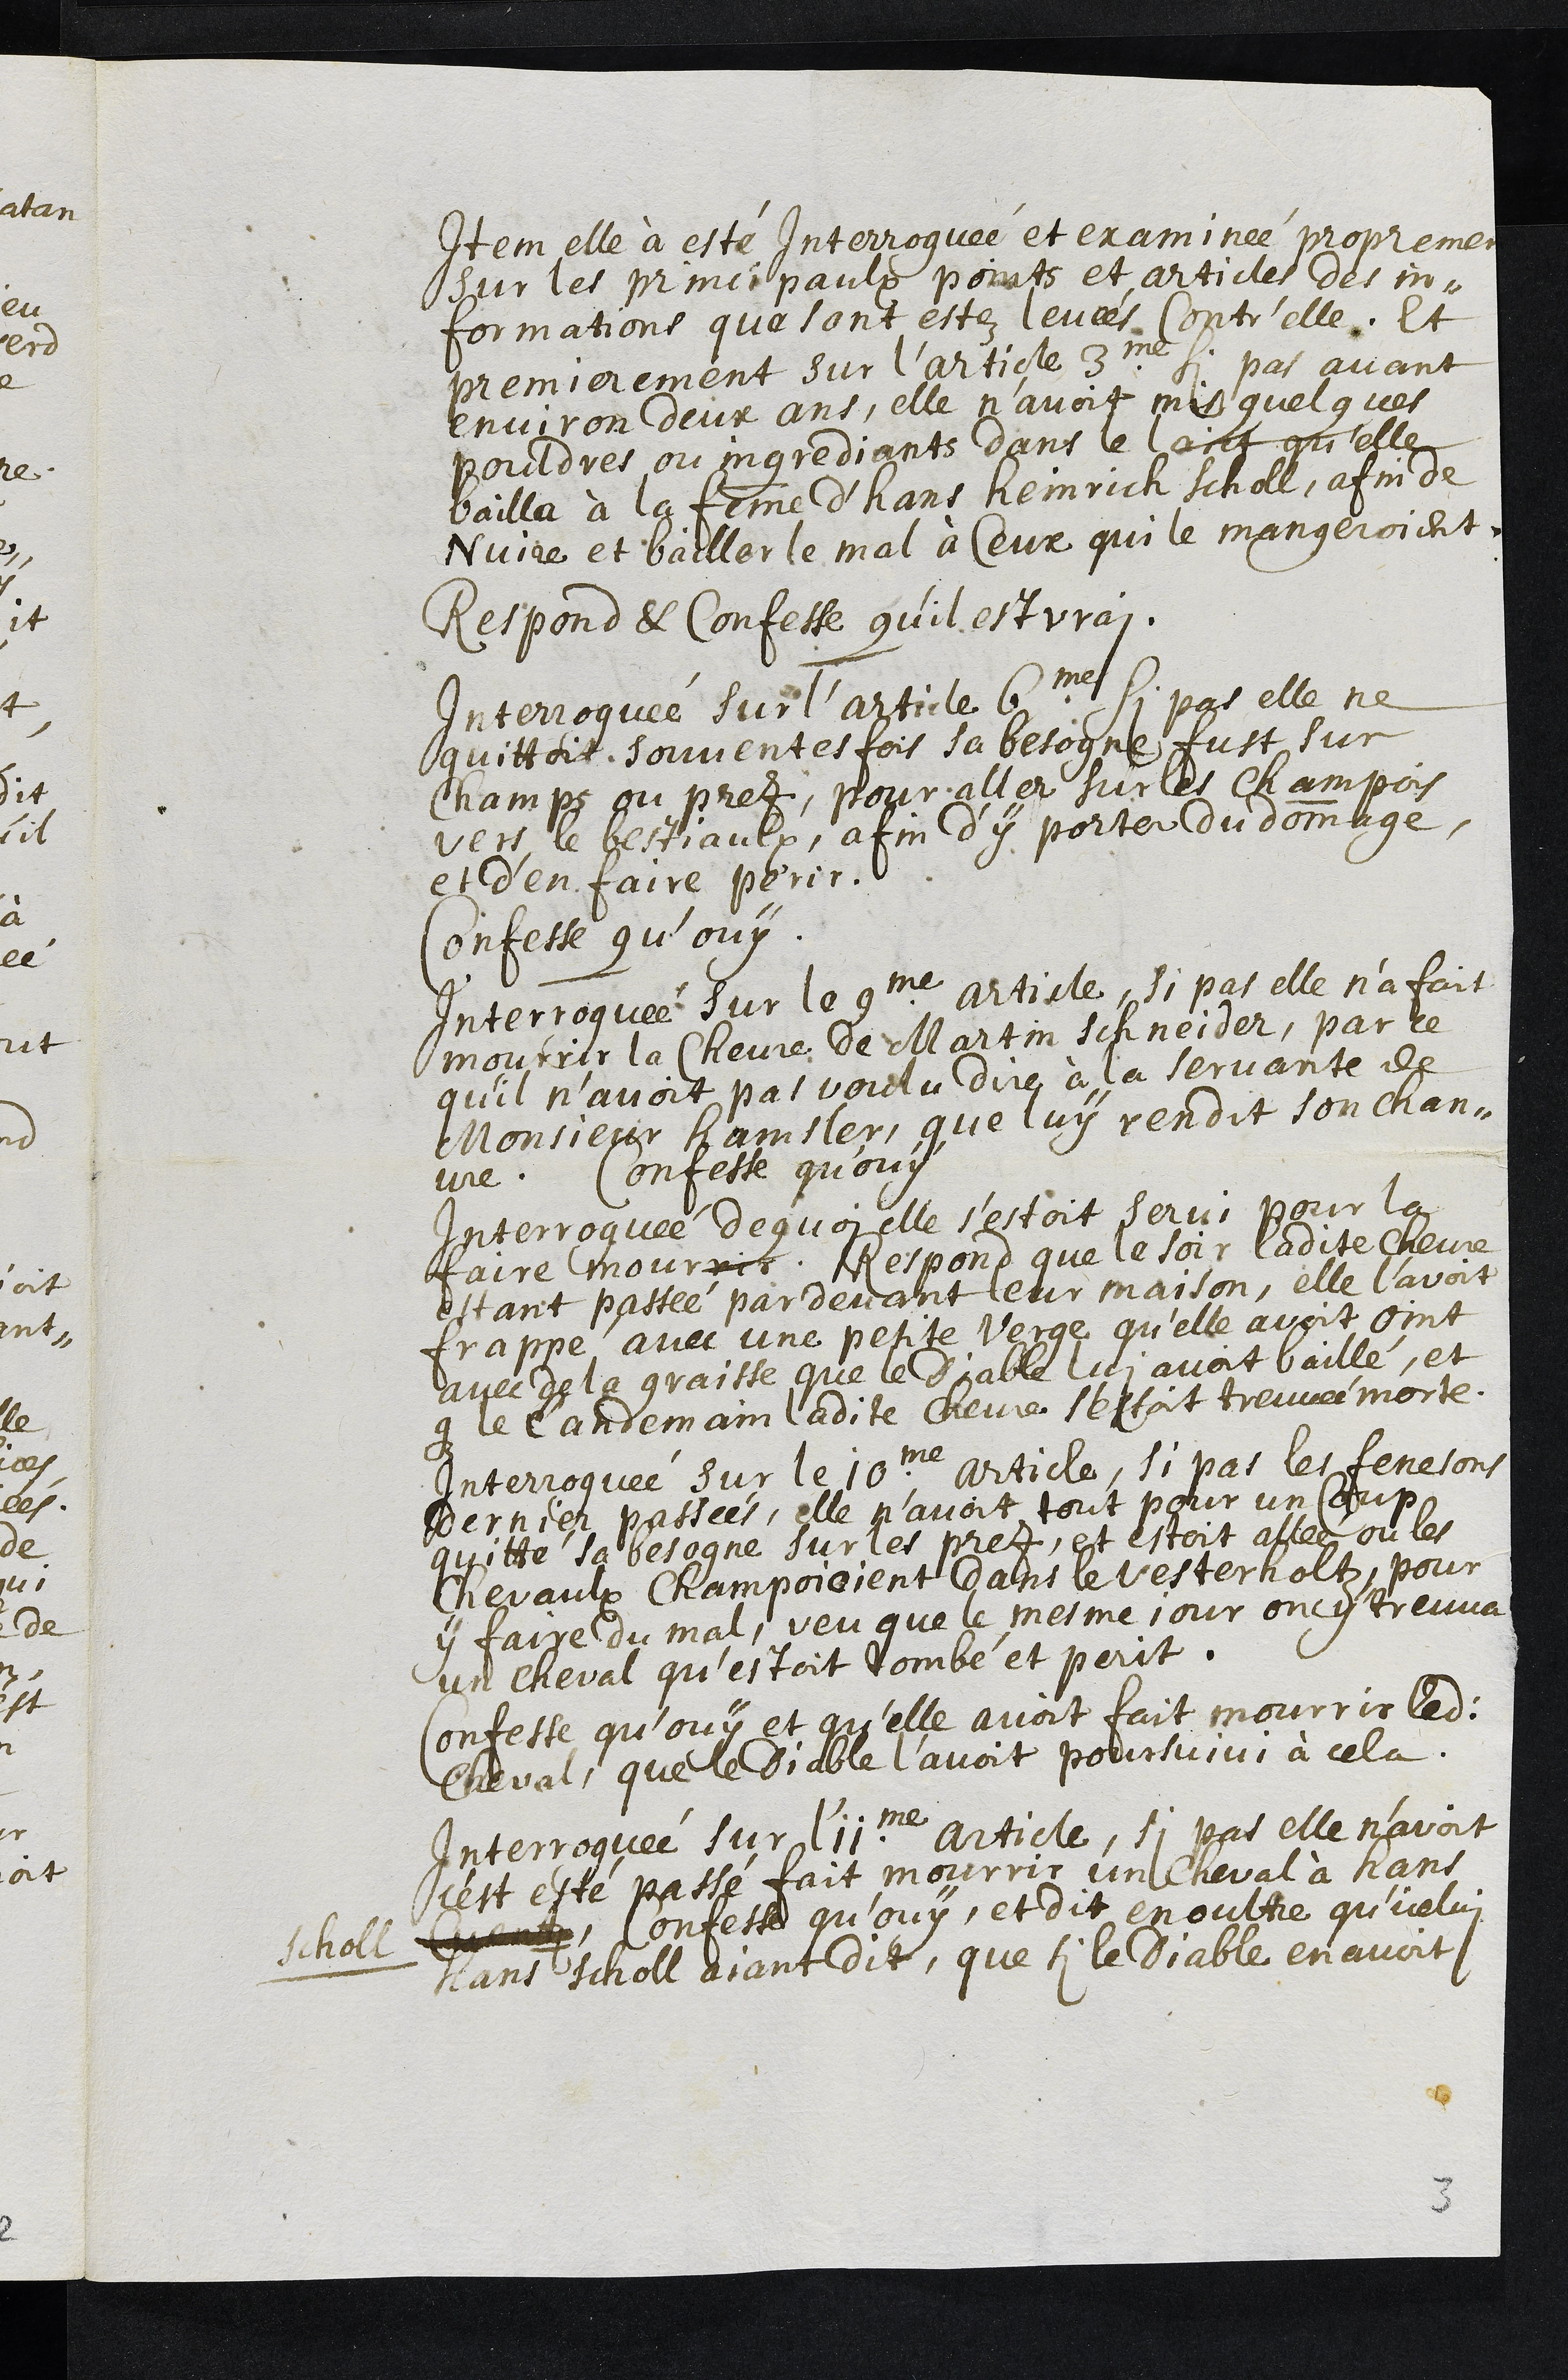
Item elle à esté Interroguée et examinée proprement
sur les principaulx points et articles des in¬
formations que sont estez levées contr'elle, Et
premierement sur l'article 3me si pas avant
environ deux ans, elle n'avoit mis quelques
pouldres ou ingrediants dans le laict qu'elle
bailla à la femme d'hans heinrich Scholl, afin de
nuire et bailler le mal à Ceux qui le mangeroient.
Respond & Confesse qu’il est vrai.
Interroguée sur l'article 6me si pas elle ne
quittoit souventes fois sa besogne fust sur
Champs ou prez, pour aller sur les champois
vers le bestiaulx, afin d’y porter du dommage,
et d’en faire perir.
Confesse qu’ouy.
Interroguée sur le 9me article, si pas elle n’a fait
mourrir la Chevre de Martin schneider, par ce
qu'il n'avoit pas voulu dire à la servante de
Monsieur Hamsler, que luy rendit son chan¬
vre. Confesse qu'ouy
Interroguée de quoy elle s’estoit servi pour la
faire mourrir, Respond que le soir ladite chevre
estant passée par devant leur maison, elle l'avoit
frappé avec une petite verge qu'elle avoit oint
avec de la graisse que le Diable lui avoit baillé, et
que le landemain ladite chevre s'estoit treuvée morte.
Interroguée sur le 10me article, si pas les fenesons
dernier passées, elle n'avoit tout pour un Coup
quitté sa besogne sur les prez, et estoit allée ou les
Chevaulx Champoioient dans le vesterholtz, pour
y faire du mal, veu que le mesme jour on y treuva
un cheval qu'estoit tombé et perit.
Confesse qu’ouy et qu'elle avoit fait mourrir ledit
Cheval, que le Diable l’avoit poursuivi à cela.
Interroguée sur l'11me article, si pas elle n’avoit
cest esté passé fait mourrir un cheval à Hans
Scholl Cuentz, Confesse qu’ouy, et dit en oultre qu'icelui
hans scholl aiant dit, que si le Diable en avoit
3